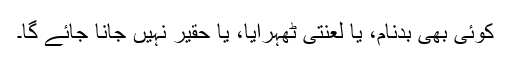
کوئی بھی بدنام، یا لعنتی ٹھہرایا، یا حقیر نہیں جانا جائے گا۔